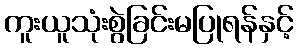
ကူးယူသုံးစွဲခြင်းမပြုရန်နှင့်